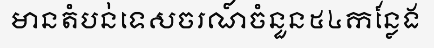
មានតំបន់ទេសចរណ៍ចំនួន៥៤កន្លែង